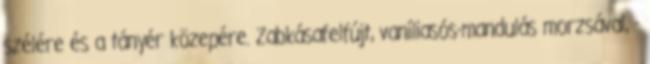
szélére és a tányér közepére. Zabkásafelfújt, vaníliasós-mandulás morzsával, -